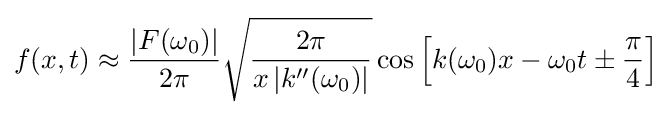
f(x,t)\approx {\frac {\left|F(\omega _{0})\right|}{2\pi }}{\sqrt {\frac {2\pi }{x\left|k''(\omega _{0})\right|}}}\cos \left[k(\omega _{0})x-\omega _{0}t\pm {\frac {\pi }{4}}\right]